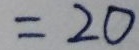
= 2 0